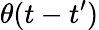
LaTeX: \theta(t-t^{\prime})